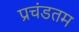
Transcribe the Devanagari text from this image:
प्रचंडतम